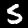
Digit: 5